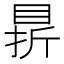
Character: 䁀